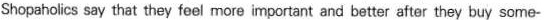
Shopaholics say that they feel more important and better after they buy some-